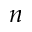
n